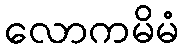
လောကမိမံ